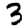
Digit: 3